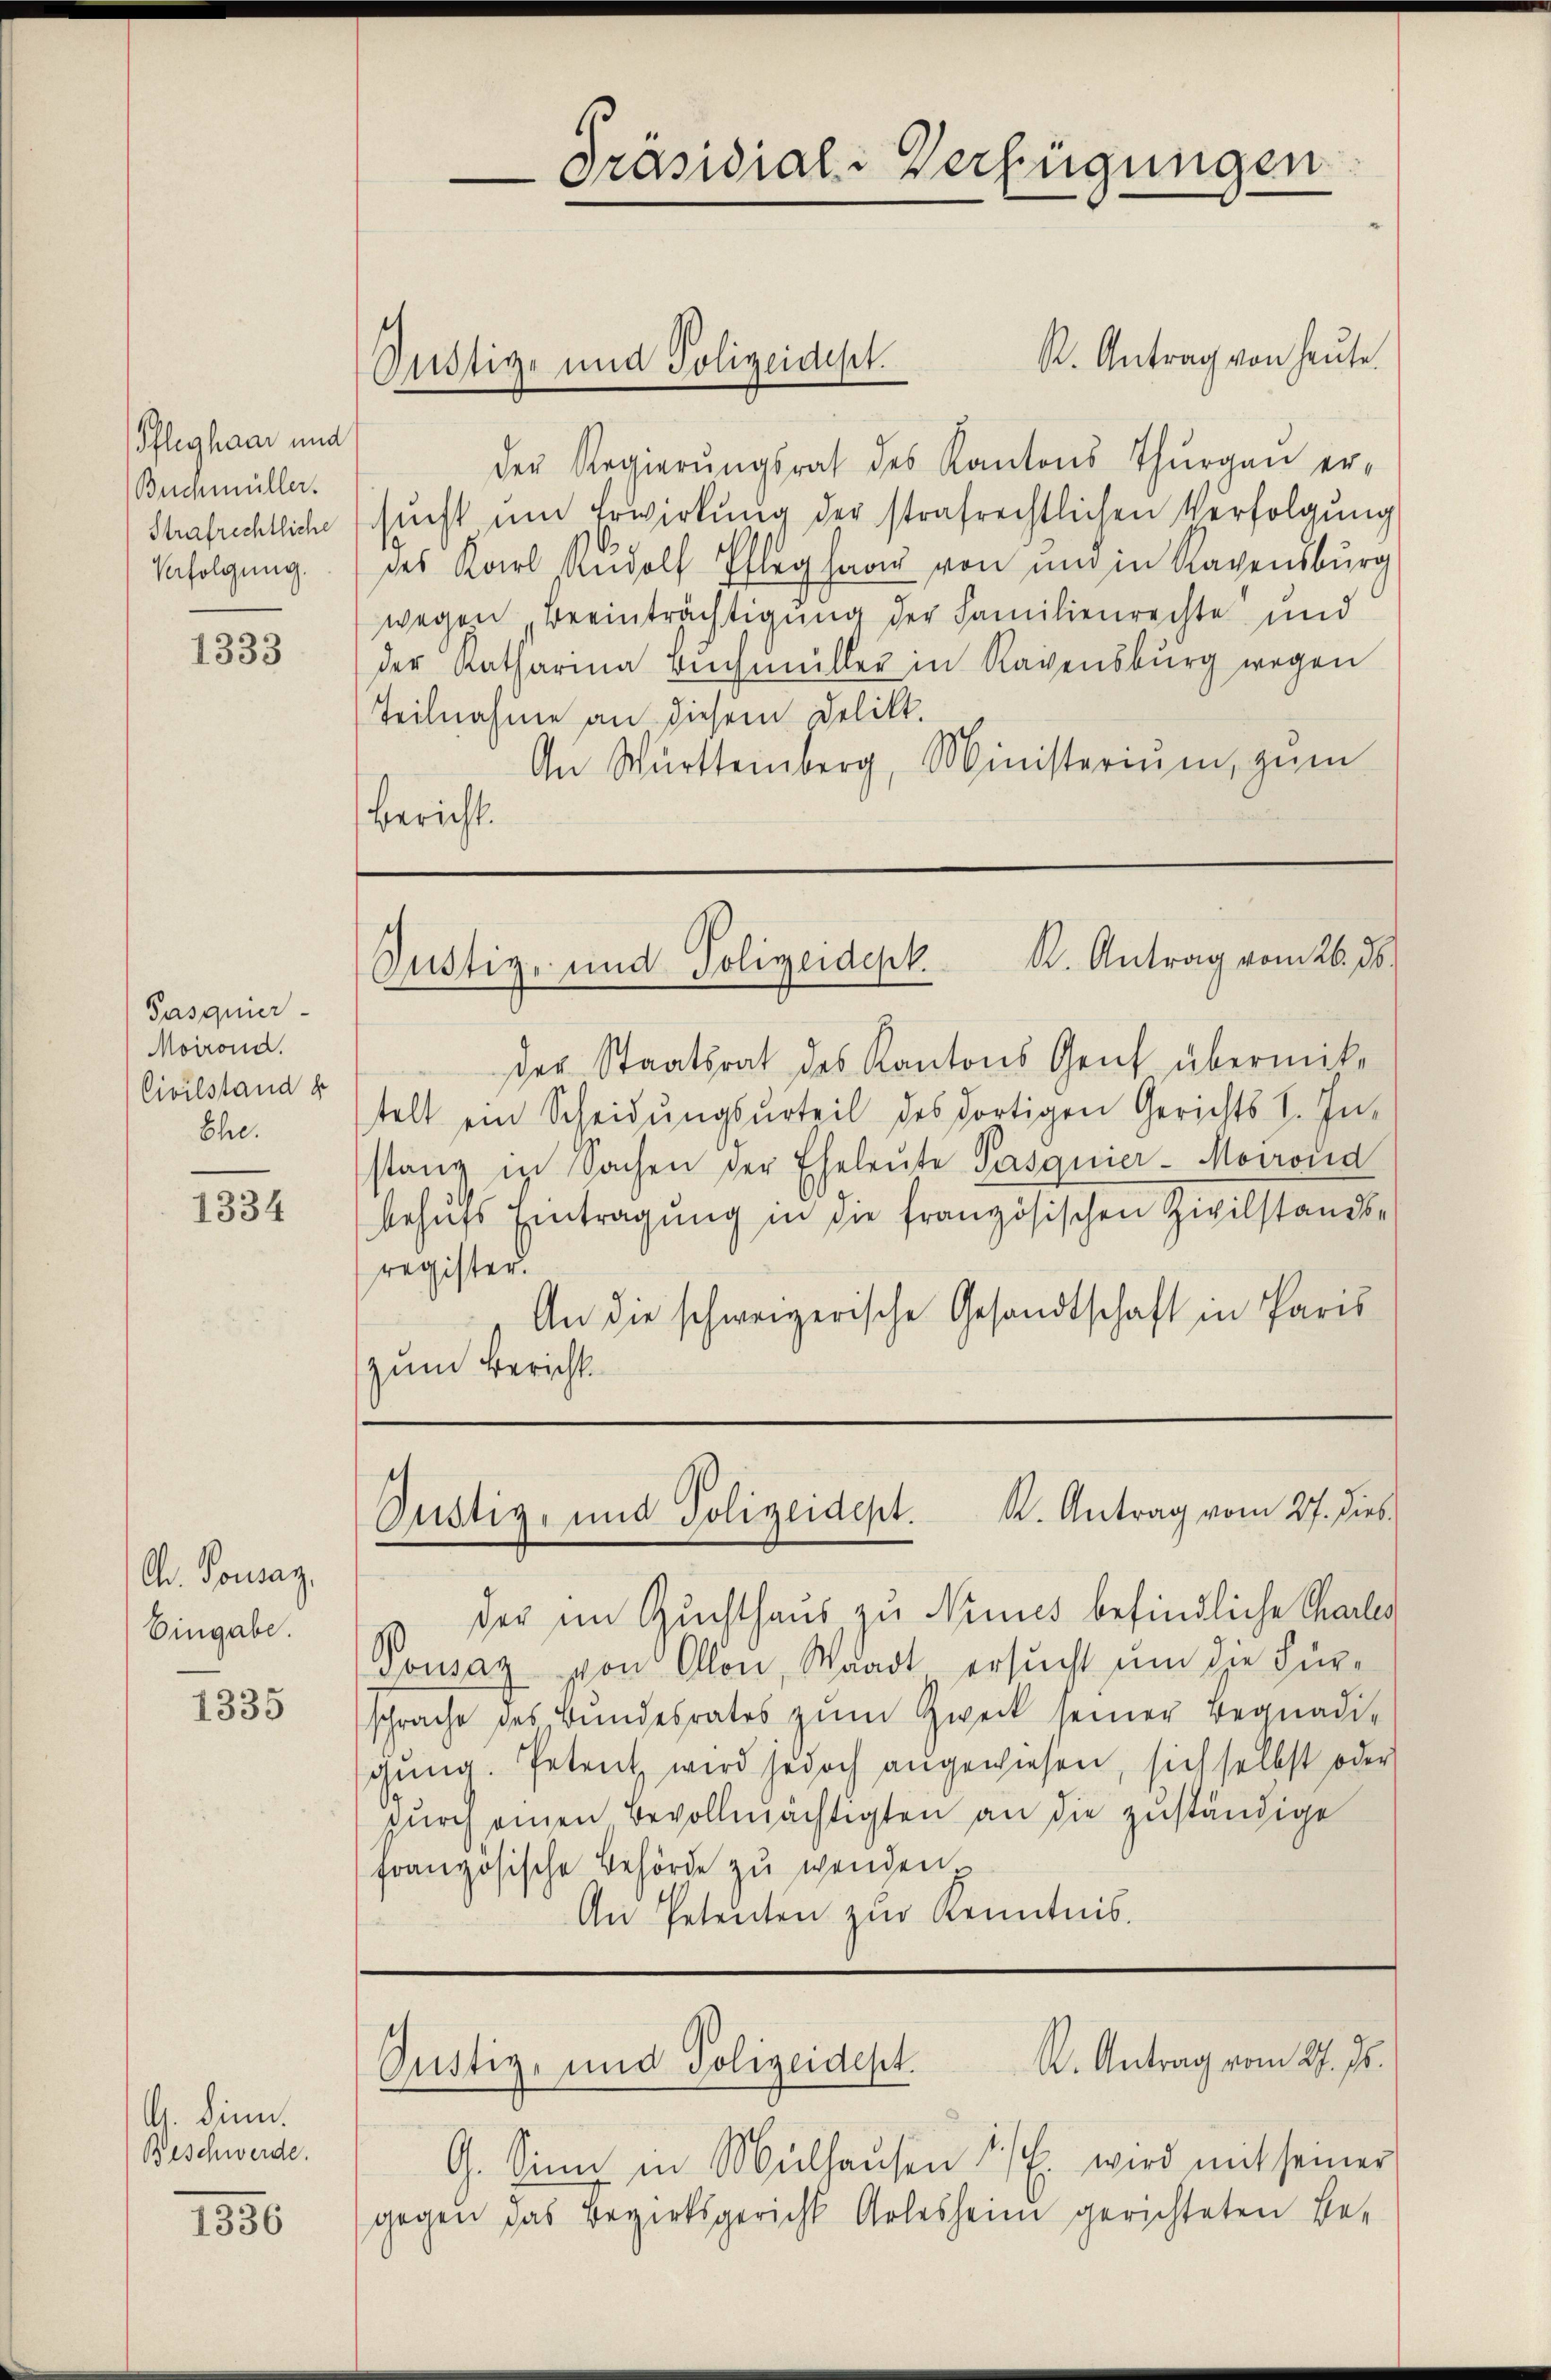
Pfleghaar und
Buchmüller.
Strafrechtliche
Verfolgung.

1333

Pasquier
Moirond.
Civilstand d
Ehe.

1334

A. Tousaz,
Eingabe.

1335

G. Sinn.
Beschwerde.

1336

R. Antrag von heute.
Der Regierungsrat des Kantons Thurgau er-
sŭcht um Erwirkung der strafrechtlichen Verfolgung
des Karl Rudolf Pfleghaar von und in Ragensburg
wegen Beeinträchtigung der Familienrechte und
der Katharina Buchmüller in Ravensburg wegen
Teilnahme an diesem Delikt.
An Württemberg, Ministerium, zum
Bericht.

der Staatsrat des Kantons Genf übermittelt ein Scheidungsurteil des dortigen Gerichts I. In-
stanz in Sachen der Eheleute Pasquier-Morrond
behŭfs Eintragung in die französischen Zivilstands-
register.
An die schweizerische Gesandtschaft in Paris
zum Bericht

Sistige und Polizeidist.

Präsidial-Verfügungen

der im Zuchthaus zu Ninus befindliche Charles
Dousaz von Allon, Waadt ersucht um die Fürschrache des Bundesrates zum Zweck seiner Begnadigŭng. Petent wird jedoch angewiesen, sich selbst oder
durch einen Bevollmächtigten an die zuständige
französische Behörde zu wenden
An Petenten zur Kenntnis.

Justiz- und Polizeidepk K. Antrag vom 26. ds.

Justiz- und Polizeidept. K. Antrag vom 27. dies

R. Antrag vom 27. Js.
Justiz- und Polizeidest.

G. Sinn in Mülhausen 1 l. wird mit seiner
gegen das Bezirksgericht Arlesheim gerichteten Be-